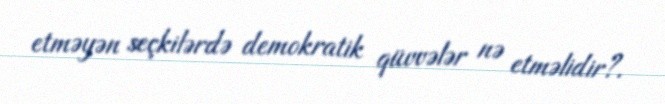
etməyən seçkilərdə demokratik qüvvələr nə etməlidir?.